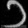
Digit: ၁